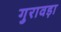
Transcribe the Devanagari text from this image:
गुरावड़ा